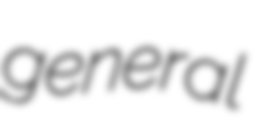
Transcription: general